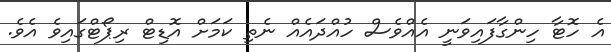
އެ ހޮޓާ ހިންގާފައިވަނީ އެއްވެސް ހުއްދައެއް ނެތި ކަމަށް އޮޑިޓް ރިޕޯޓްގައިވެ އެވެ.